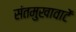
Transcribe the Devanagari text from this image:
संतमुखावाटें